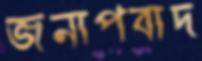
জনাপবাদ